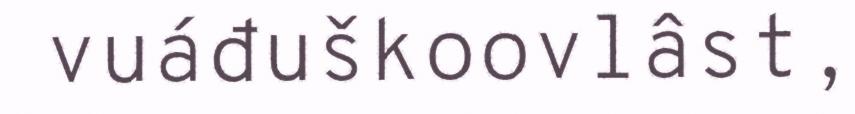
vuáđuškoovlâst,